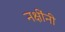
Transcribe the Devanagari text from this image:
नक्षींनी